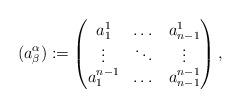
LaTeX: \begin{align*} (a^\alpha_\beta):= \begin{pmatrix} a^1_1 & \dots & a^1_{n-1} \\ \vdots & \ddots & \vdots \\ a^{n-1}_1 & \dots & a^{n-1}_{n-1} \\ \end{pmatrix},\end{align*}